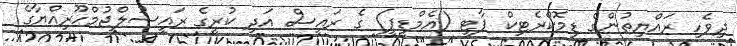
ދިވެހި ރައްޔިތުންގެ ޑިމޮކްރެޓިކް ޕާޓީ (އެމްޑީޕީ) ގެ ރައީސް އަދި ކުރީގެ ރައީސުލްޖުމްހޫރިއްޔާގެ